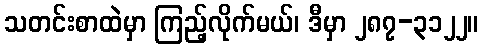
သတင်းစာထဲမှာ ကြည့်လိုက်မယ်၊ ဒီမှာ ၂၈၇-၃၁၂၂။